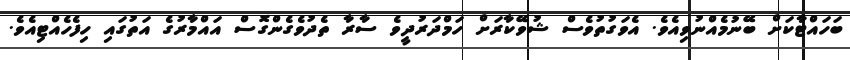
ބަހައްޓާކަށް ބޭނުމެއްނުވިއެވެ. އެވަގުތުވެސް ޝުވޭކާރަށް ހަމްދަރުދީވެ ސާރާ ތެދުވެގެންގޮސް އައްމާރުގެ އަތުގައި ހިފެހެއްޓިއެވެ.